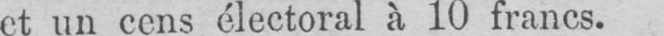
et un cens électoral à 10 francs.